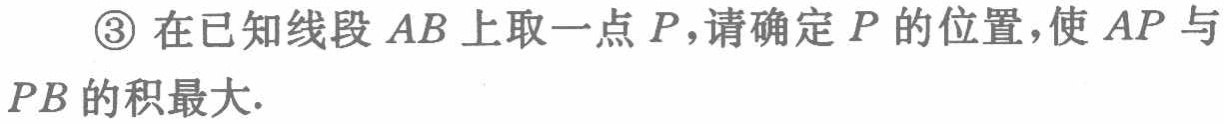
\textcircled{3}在已知线段\(AB\)上取一点\(P\)，请确定\(P\)的位置，使\(AP\)与\(PB\)的积最大.